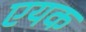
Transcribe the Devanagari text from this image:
एयक